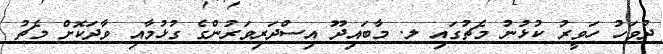
ދުވަހު ހަވީރު ކުޅުނު މެޗުގައި ލ. މާބައިދޫ އިސްދަރިވަރުންގެ ގުޅުމާއި ވާދަކޮށް މެޗު